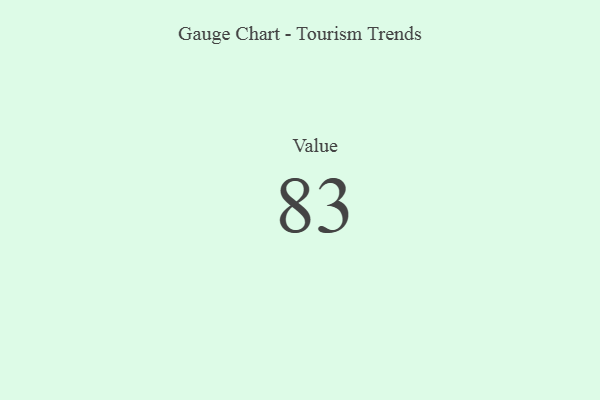
{"axis": {"x": "Metric", "y": "Value"}, "legend": [""], "data": [{"x": "Value", "y": 83, "type": ""}]}